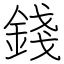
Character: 錢